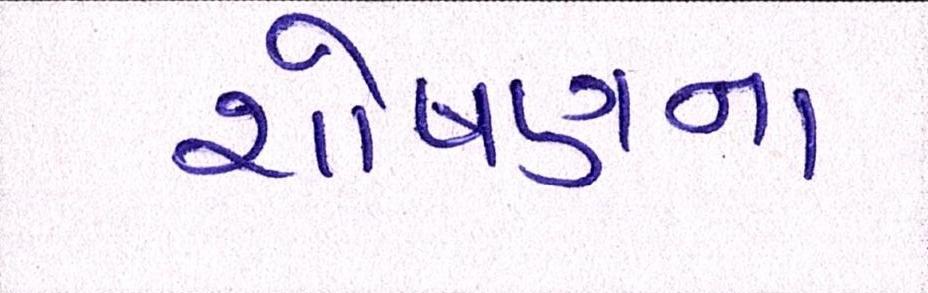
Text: શોષણના